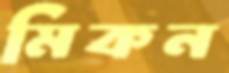
মিকন